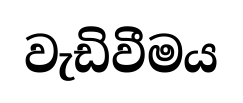
වැඩිවීමය